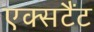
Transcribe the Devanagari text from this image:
एक्सटैंट